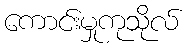
ကောင်းမှုကုသိုလ်